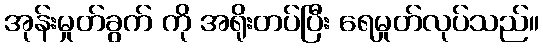
အုန်းမှုတ်ခွက် ကို အရိုးတပ်ပြီး ရေမှုတ်လုပ်သည်။